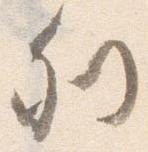
列